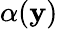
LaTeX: \alpha(\mathbf{y})